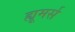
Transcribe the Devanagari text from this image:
ह्यूमर्स